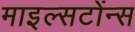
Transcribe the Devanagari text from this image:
माइल्सटोंन्स